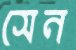
সেন